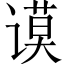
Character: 谟